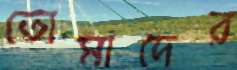
তোমাদের